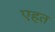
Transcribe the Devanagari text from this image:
एहत